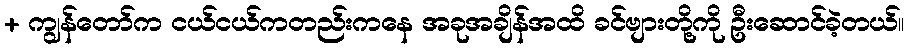
+ ကျွန်တော်က ငယ်ငယ်ကတည်းကနေ အခုအချိန်အထိ ခင်ဗျားတို့ကို ဦးဆောင်ခဲ့တယ်။